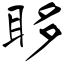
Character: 眵